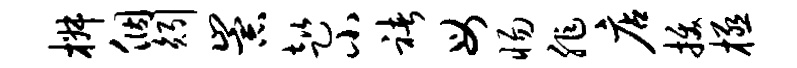
椒个矧崇趑小褚母惕非店拔极